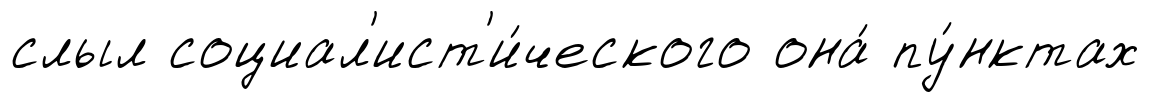
слыл социал'ист'и́ческого она́ пу́нктах